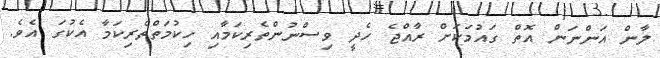
ލާން އަންނަން އޮތް ގައުމަކަށް ރާއްޖެ ހެދީ ވިސްނުންތެރިކަމާއި ހިކުމަތްތެރިކަމާ އެކުގަ އެވެ.